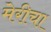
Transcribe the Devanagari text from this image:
मेरीचा